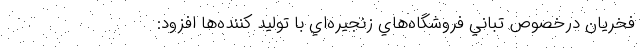
فخريان درخصوص تباني فروشگاه‌هاي زنجيره‌اي با توليد كننده‌ها افزود: